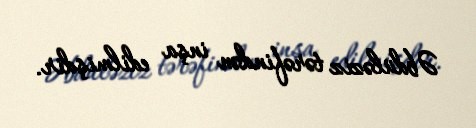
Əbdüləziz tərəfindən inşa edilmişdir.